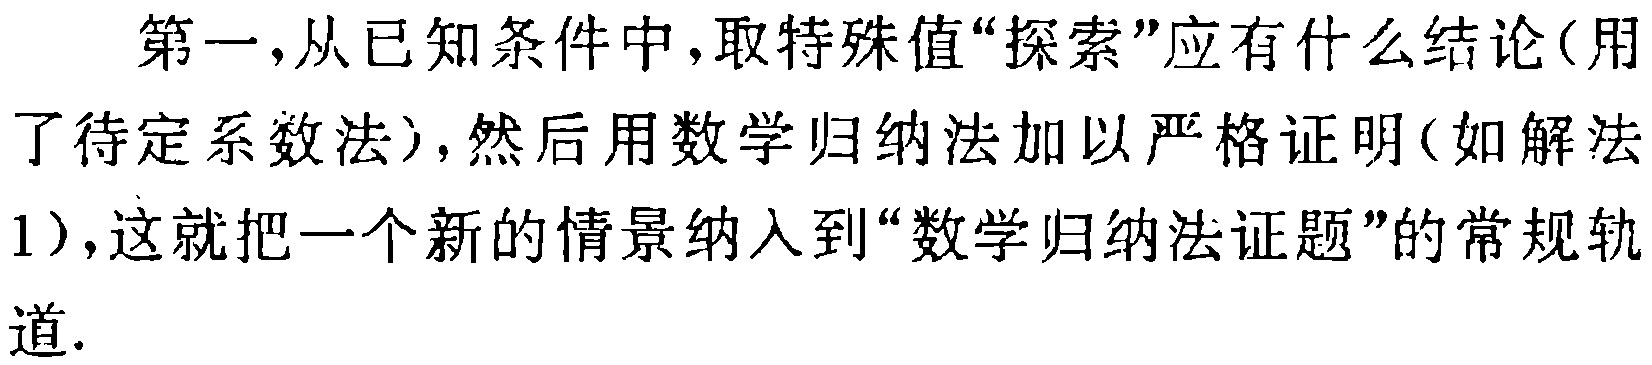
第一，从已知条件中，取特殊值“探索”应有什么结论（用了待定系数法），然后用数学归纳法加以严格证明（如解法1），这就把一个新的情景纳入到“数学归纳法证题”的常规轨道.